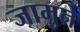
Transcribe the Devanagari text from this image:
जामुने